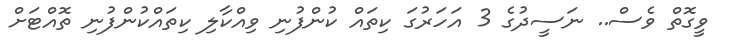
ވީގޮތް ވެސް.. ނަސީދުގެ 3 އަހަރުގަ ކިތައް ކުންފުނި ވިއްކާލި ކިތައްކުންފުނި ތޮއްޓަށް